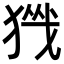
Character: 𪻀